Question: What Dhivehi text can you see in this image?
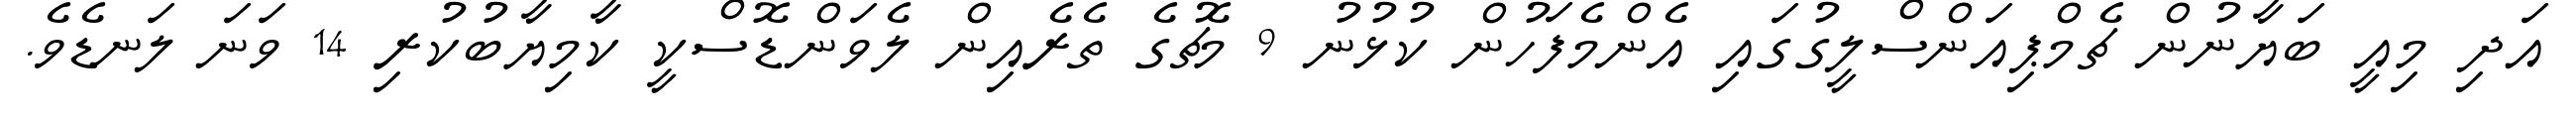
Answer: އަދި މިއީ ބަޔާނުން ޗެމްޕިއަންސްލީގުގައި އެންމެފަހުން ކުޅުނު 9 މެޗުގެ ތެރެއިން ލެވަންޑޮސްކީ ކާމިޔާބުކުރި 14 ވަނަ ލަނޑެވެ.